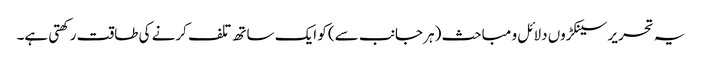
یہ تحریر سینکڑوں دلائل و مباحث (ہر جانب سے) کو ایک ساتھ تلف کرنے کی طاقت رکھتی ہے۔